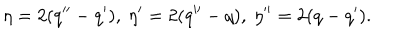
\eta = 2 ( q ^ { \prime \prime } - q ^ { \prime } ) , \ \eta ^ { \prime } = 2 ( q ^ { \prime \prime } - q ) , \ \eta ^ { \prime \prime } = 2 ( q - q ^ { \prime } ) .